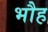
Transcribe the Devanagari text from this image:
भौह